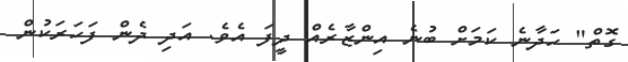
ގޮތް" ހަދާނެ ކަމަށް ބުނެ އިންޒާރެއް ދީފަ އެވެ. އަދި ދެން ފަހަރަކުން